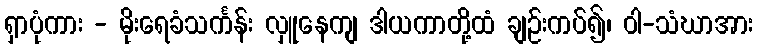
ရှာပုံကား - မိုးရေခံသင်္ကန်း လှူနေကျ ဒါယကာတို့ထံ ချဉ်းကပ်၍၊ ဝါ-သံဃာအား